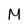
Character: M